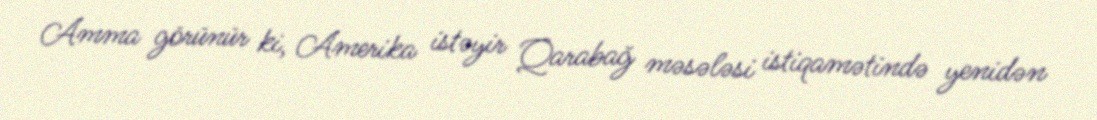
Amma görünür ki, Amerika istəyir Qarabağ məsələsi istiqamətində yenidən